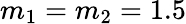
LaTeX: m_{1}=m_{2}=1.5